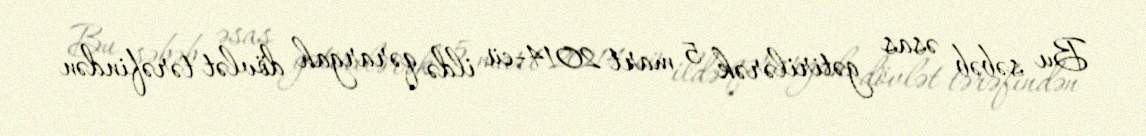
Bu səbəb əsas gətirilərək 5 mart 2014-cü ildə qərargah dövlət tərəfindən